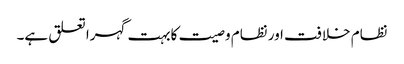
نظام خلافت اور نظام وصیت کابہت گہرا تعلق ہے۔